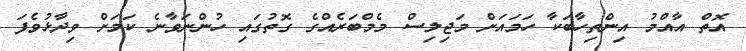
އޮތް އާއްމު އިންތިހާބަކާ ހަމައަށް މަޖިލިސް މެމްބަރެއްގެ ގޮތުގައި ހުންނަވާނެ ކަމަށް ވިދާޅުވެފަ